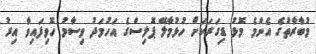
މުބާރާތުގެ އެންމެ މޮޅު ޑިގަރަކަށް ހުޅުމާލޭ ޕޮލިސްގެ އަހުމަދު ވިސާމު ހޮވިފައިވާ އިރު